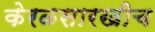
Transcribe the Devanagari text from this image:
केरळसारखीच